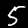
Label: 5